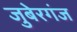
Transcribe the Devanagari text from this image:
जुबेरगंज